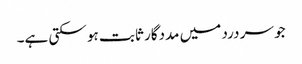
جو سر درد میں مددگار ثابت ہو سکتی ہے۔